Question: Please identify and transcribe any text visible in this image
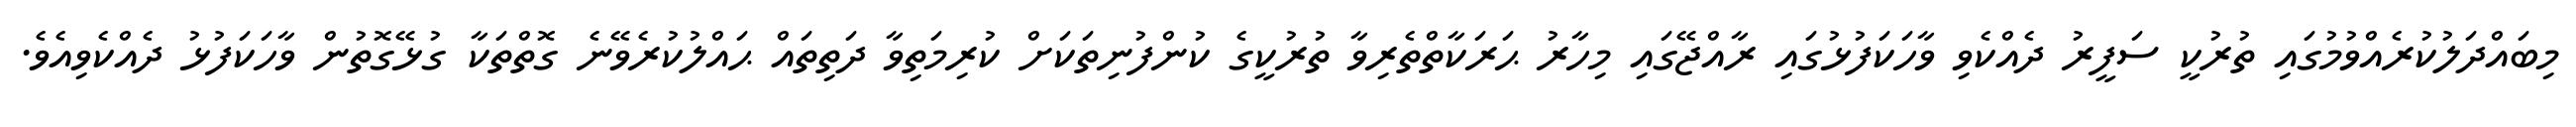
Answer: މިބައްދަލުކުރެއްވުމުގައި ތުރުކީ ސަފީރު ދެއްކެވި ވާހަކަފުޅުގައި ރާއްޖޭގައި މިހާރު ޙަރަކާތްތެރިވާ ތުރުކީގެ ކުންފުނިތަކަށް ކުރިމަތިވާ ދަތިތައް ޙައްލުކުރެވޭނެ ގޮތްތަކާ ގުޅޭގޮތުން ވާހަކަފުޅު ދެއްކެވިއެވެ.